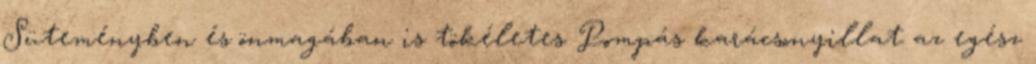
Süteményben és önmagában is tökéletes Pompás karácsonyillat az egész